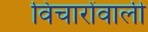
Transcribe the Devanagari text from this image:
विचारोंवाली